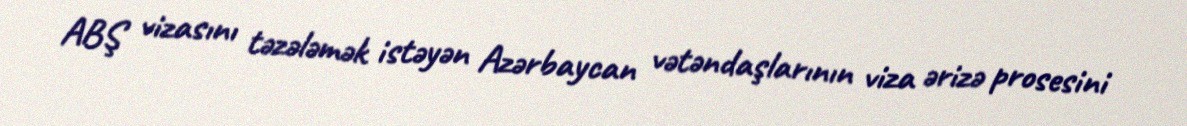
ABŞ vizasını təzələmək istəyən Azərbaycan vətəndaşlarının viza ərizə prosesini